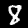
Digit: 8